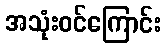
အသုံးဝင်ကြောင်း